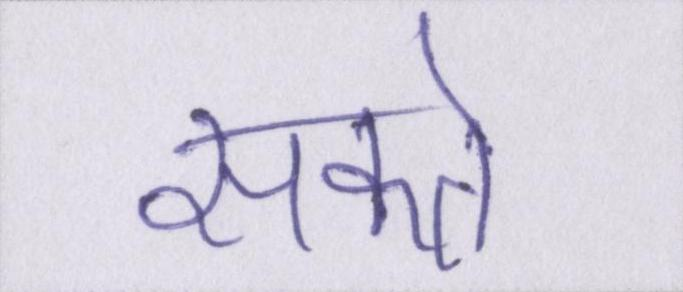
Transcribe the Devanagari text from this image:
सकते